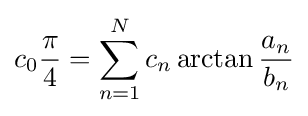
c_{0}{\frac {\pi }{4}}=\sum _{n=1}^{N}c_{n}\arctan {\frac {a_{n}}{b_{n}}}